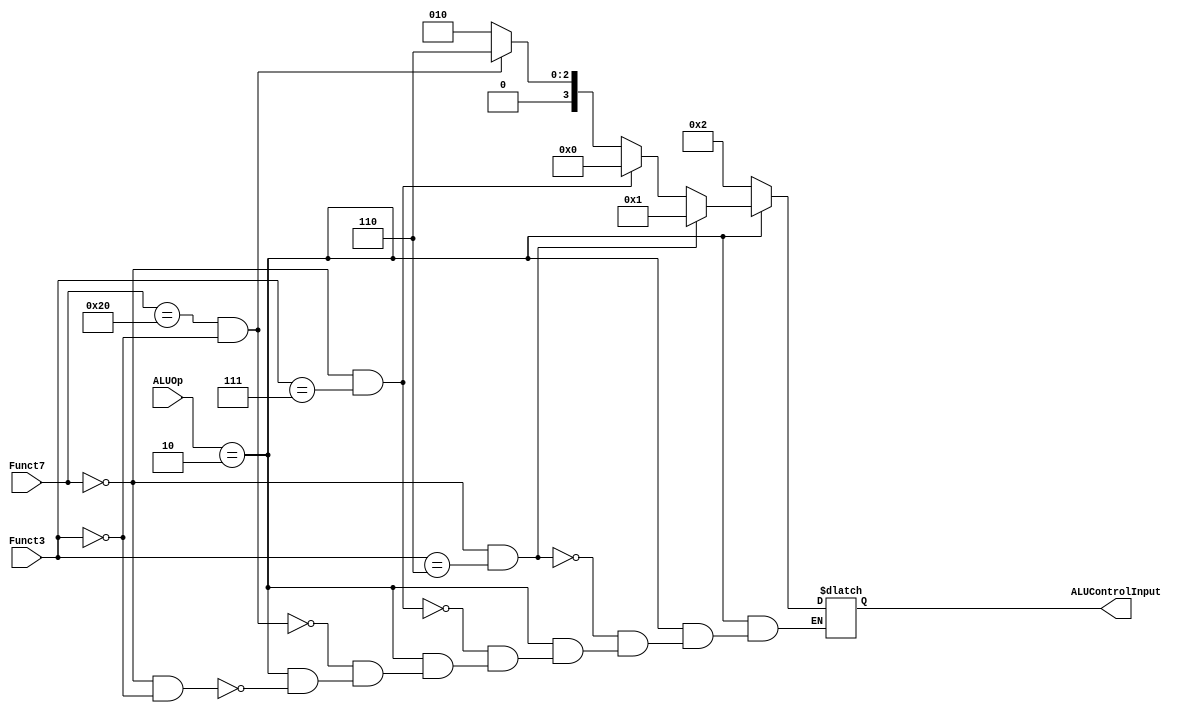
module ALUControlUnit(input[6:0]Funct7,input[2:0]Funct3,input[1:0]ALUOp,output reg[3:0]ALUControlInput);
  always@(*)begin
    case(ALUOp)
      2'b00:ALUControlInput=4'b0010;
      2'b01:ALUControlInput=4'b0010;
      2'b10:begin
        if(Funct7==7'b0000000 && Funct3==3'b000)ALUControlInput=4'b0010;
        if(Funct7==7'b0100000 && Funct3==3'b000)ALUControlInput=4'b0110;
        if(Funct7==7'b0000000 && Funct3==3'b111)ALUControlInput=4'b0000;
        if(Funct7==7'b0000000 && Funct3==3'b110)ALUControlInput=4'b0001;
      end
      default:ALUControlInput=4'bxxxx;
    endcase
  end
endmodule